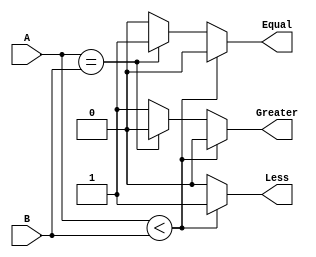
`timescale 1ns / 1ps
//////////////////////////////////////////////////////////////////////////////////
// Company: 
// Engineer: 
// 
// Design Name: 
// Module Name: comparator
// Project Name: 
// Target Devices: 
// Tool Versions: 
// Description: 
// 
// Dependencies: 
// 
// Revision:
// Revision 0.01 - File Created
// Additional Comments:
// 
//////////////////////////////////////////////////////////////////////////////////


module comparator(
    input [3:0] A,
    input [3:0] B,
    output reg Less,
    output reg Equal,
    output reg Greater
    );
    always @(*)
    begin
    if(A<B)
    begin
    Less=1;
    Equal=0;
    Greater=0;
    end
    
    else if(A==B)
    begin
    Less=0;
    Equal=1;
    Greater=0;
    end
    
    else
    begin
    Less=0;
    Equal=0;
    Greater=1;
    end
    end
    
endmodule